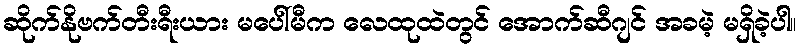
ဆိုက်နိုဗက်တီးရီးယား မပေါ်မီက လေထုထဲတွင် အောက်ဆီဂျင် အခမဲ့ မရှိခဲ့ပါ။